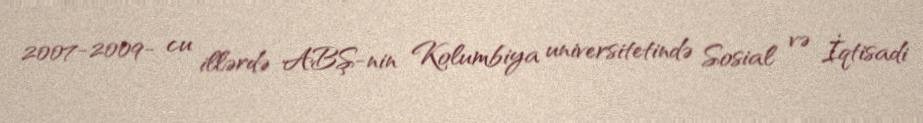
2007-2009- cu illərdə ABŞ-nin Kolumbiya universitetində Sosial və İqtisadi